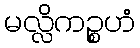
မလ္လိကဉ္စဟံ